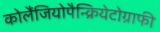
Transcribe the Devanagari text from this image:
कोलैंजियोपैन्क्रियेटोग्राफी